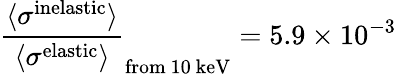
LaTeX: \frac{\langle\sigma^{\mathrm{inelastic}}\rangle}{\langle\sigma^{\mathrm{elastic}}\rangle}_{\mathrm{from~10~keV}}=5.9\times 10^{-3}